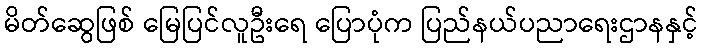
မိတ်ဆွေဖြစ် မြေပြင်လူဦးရေ ပြောပုံက ပြည်နယ်ပညာရေးဌာနနှင့်